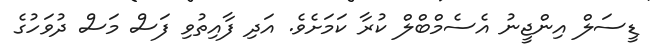
ޑީސަލް އިންޖީނު އެސެމްބްލް ކުރާ ކަމަށެވެ. އަދި ފާއިތުވި ފަސް މަސް ދުވަހުގެ